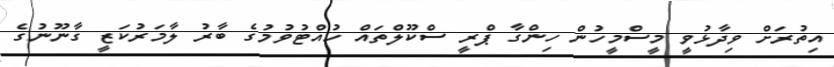
އިތުރަށް ވިދާޅުވީ މީސްމީހުން ހިންގާ ޕްރީ ސްކޫލްތައް ހުއްޓުވުމުގެ ބާރު ލާމަރުކަޒީ ގާނޫނުގެ